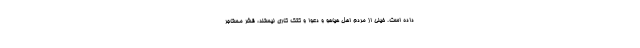
داده است. خیلی از مردم اهل هیاهو و دعوا و کتک کاری نیستند، قشر مستاجر